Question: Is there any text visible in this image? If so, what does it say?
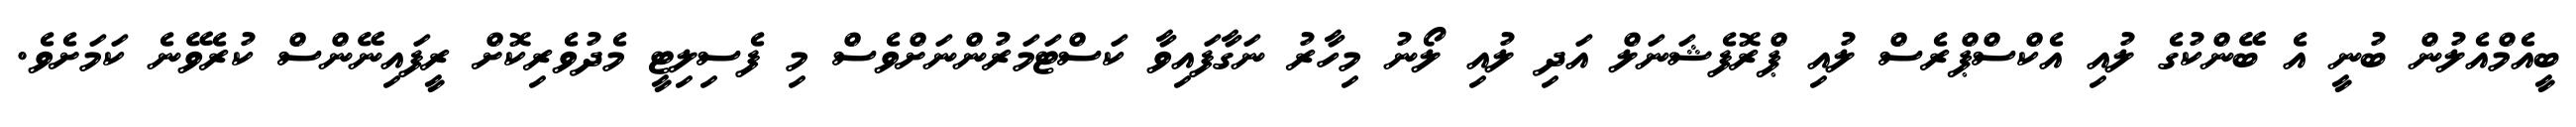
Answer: ބީއެމްއެލުން ބުނީ އެ ބޭންކުގެ ލުއި އެކްސްޕްރެސް ލުއި ޕްރޮފެޝަނަލް އަދި ލުއި ލޯނު މިހާރު ނަގާފައިވާ ކަސްޓަމަރުންނަށްވެސް މި ފެސިލިޓީ މެދުވެރިކޮށް ރީފައިނޭންސް ކުރެވޭނެ ކަމަށެވެ.